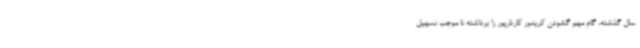
سال گذشته، گام مهم گشودن کریدور کارتارپور را برداشته تا موجب تسهیل